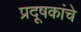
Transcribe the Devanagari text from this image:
प्रदूषकांचे